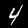
Digit: 4